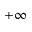
+ \infty